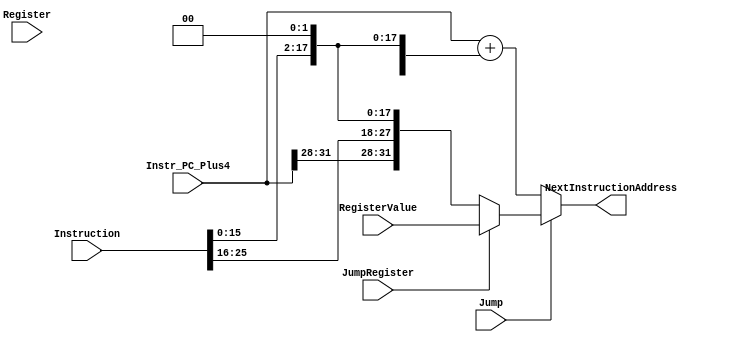
module NextInstructionCalculator(
	input [31:0] Instr_PC_Plus4,/* PC of the current instruction + 4*/
	input [31:0] Instruction,/* The bits of the instruction (needed to extract the jump destination)*/
	input Jump,/* Whether this instruction is a jump */
	input JumpRegister,/* Whether this is a jump register instruction */
	input [31:0] RegisterValue,/* If this is a jump register instruction, the value of the register (jump destination)*/
	output [31:0] NextInstructionAddress,/* Where we need to jump to */
	input [4:0] Register/* The register for the jr/jalr (used for debugging Jump Register) */
);

/* A version of the immediate suitable for feeding to 32bit addition*/
wire [31:0] signExtended_shifted_immediate;
/* Where the jump would go (if this were a jump) */
wire [31:0] jumpDestination_immediate;
/* Where the branch would go (if this were a branch) */
wire [31:0] branchDestination_immediate;


wire [15:0] immediate;
assign immediate = Instruction[15:0];

assign signExtended_shifted_immediate = {{14{immediate[15]}},immediate,2'b00};

assign jumpDestination_immediate = {Instr_PC_Plus4[31:28],Instruction[25:0],2'b00};
assign branchDestination_immediate = Instr_PC_Plus4 + signExtended_shifted_immediate;

assign NextInstructionAddress = Jump?(JumpRegister?RegisterValue:jumpDestination_immediate):branchDestination_immediate;
always @(Jump or JumpRegister or RegisterValue or Instr_PC_Plus4 or Instruction) begin
	if(Jump) begin
		/* Uncomment the line below */
		$display("Jump Analysis:jr=%d[%d]=%x; jd_imm=%x; branchd=%x => %x",JumpRegister, Register, RegisterValue, jumpDestination_immediate, branchDestination_immediate, NextInstructionAddress);
	end
end


endmodule